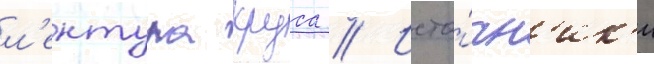
л'ентула круса // Исто́чн'ик'и